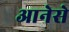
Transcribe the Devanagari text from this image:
आनेसे